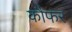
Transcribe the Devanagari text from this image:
कौफर